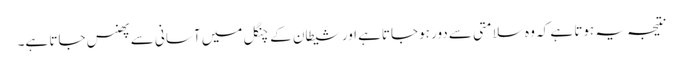
نتیجہ یہ ہوتا ہے کہ وہ سلامتی سے دور ہوجاتاہے اور شیطان کے چنگل میں آسانی سے پھنس جاتا ہے۔